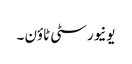
یونیورسٹی ٹاؤن ۔